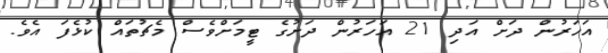
އަހަރުން ދަށް އަދި 21 އަހަރުން ދަށުގެ ޓީމަށްވެސް މެޗުތައް ކުޅެފަ އެވެ.